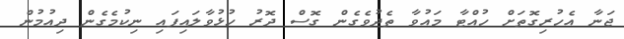
ޖަނާ އެހުރިގޮތަށް ހުއްޓާ މައުވާ ތެދުވެގެން ގޮސް ދޮރު ހުޅުވާލައިފައި ނިކުމެގެން ދިއުމުން